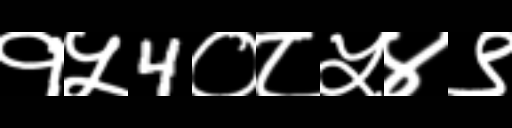
Text: १५4०८५४९